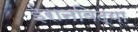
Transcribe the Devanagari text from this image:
ईरानविद्या